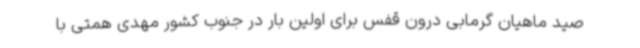
صید ماهیان گرمابی درون قفس برای اولین بار در جنوب کشور مهدی همتی با